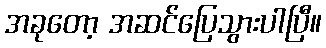
အခုတော့ အဆင်ပြေသွားပါပြီ။